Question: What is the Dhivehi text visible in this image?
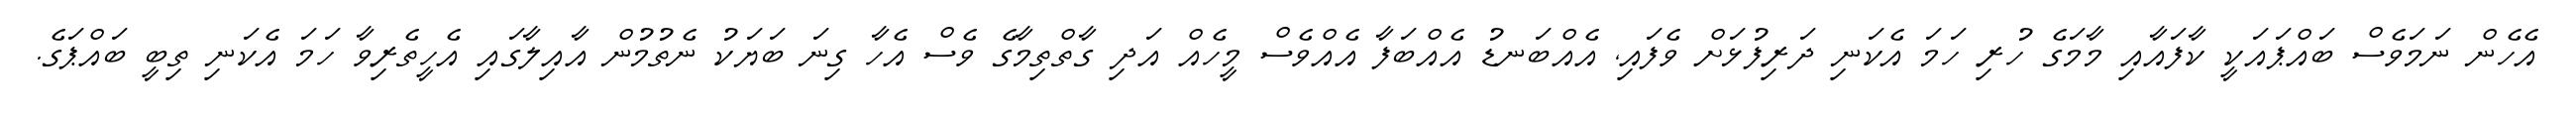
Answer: އެހެން ނަމަވެސް ބައްޕައަކީ ކާފައާއި މާމަގެ ހުރި ހަމަ އެކަނި ދަރިފުޅަށް ވެފައި, އެއްބަނޑު އެއްބަފާ އެއްވެސް މީހެއް އަދި ގާތްތިމާގެ ވެސް އެހާ ގިނަ ބަޔަކު ނެތުމުން އާއިލާގައި އެހީތެރިވާ ހަމަ އެކަނި ތިބީ ބައްޕަގެ.